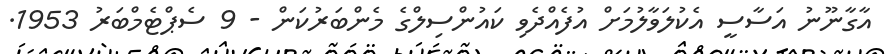
އާގާނޫނު އަސާސީ އެކުލަވާލުމަށް އުފެއްދެވި ކައުންސިލްގެ މެންބަރުކަން - 9 ސެޕްޓެމްބަރު 1953.